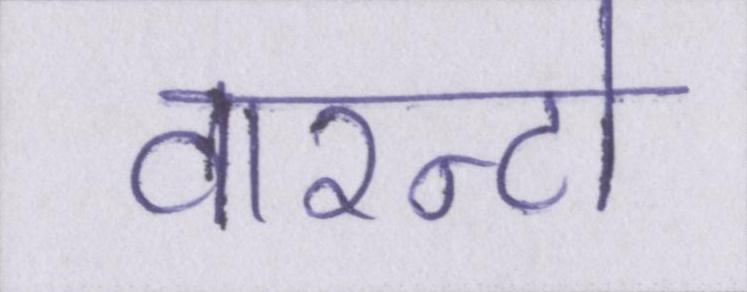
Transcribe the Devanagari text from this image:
वारन्टो